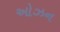
ઓઝન